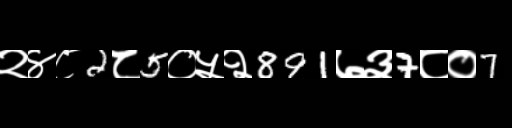
Text: २४८2८5०५२891७३7८०7